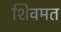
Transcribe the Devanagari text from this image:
शिवमत